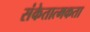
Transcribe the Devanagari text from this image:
संकेतात्मकता